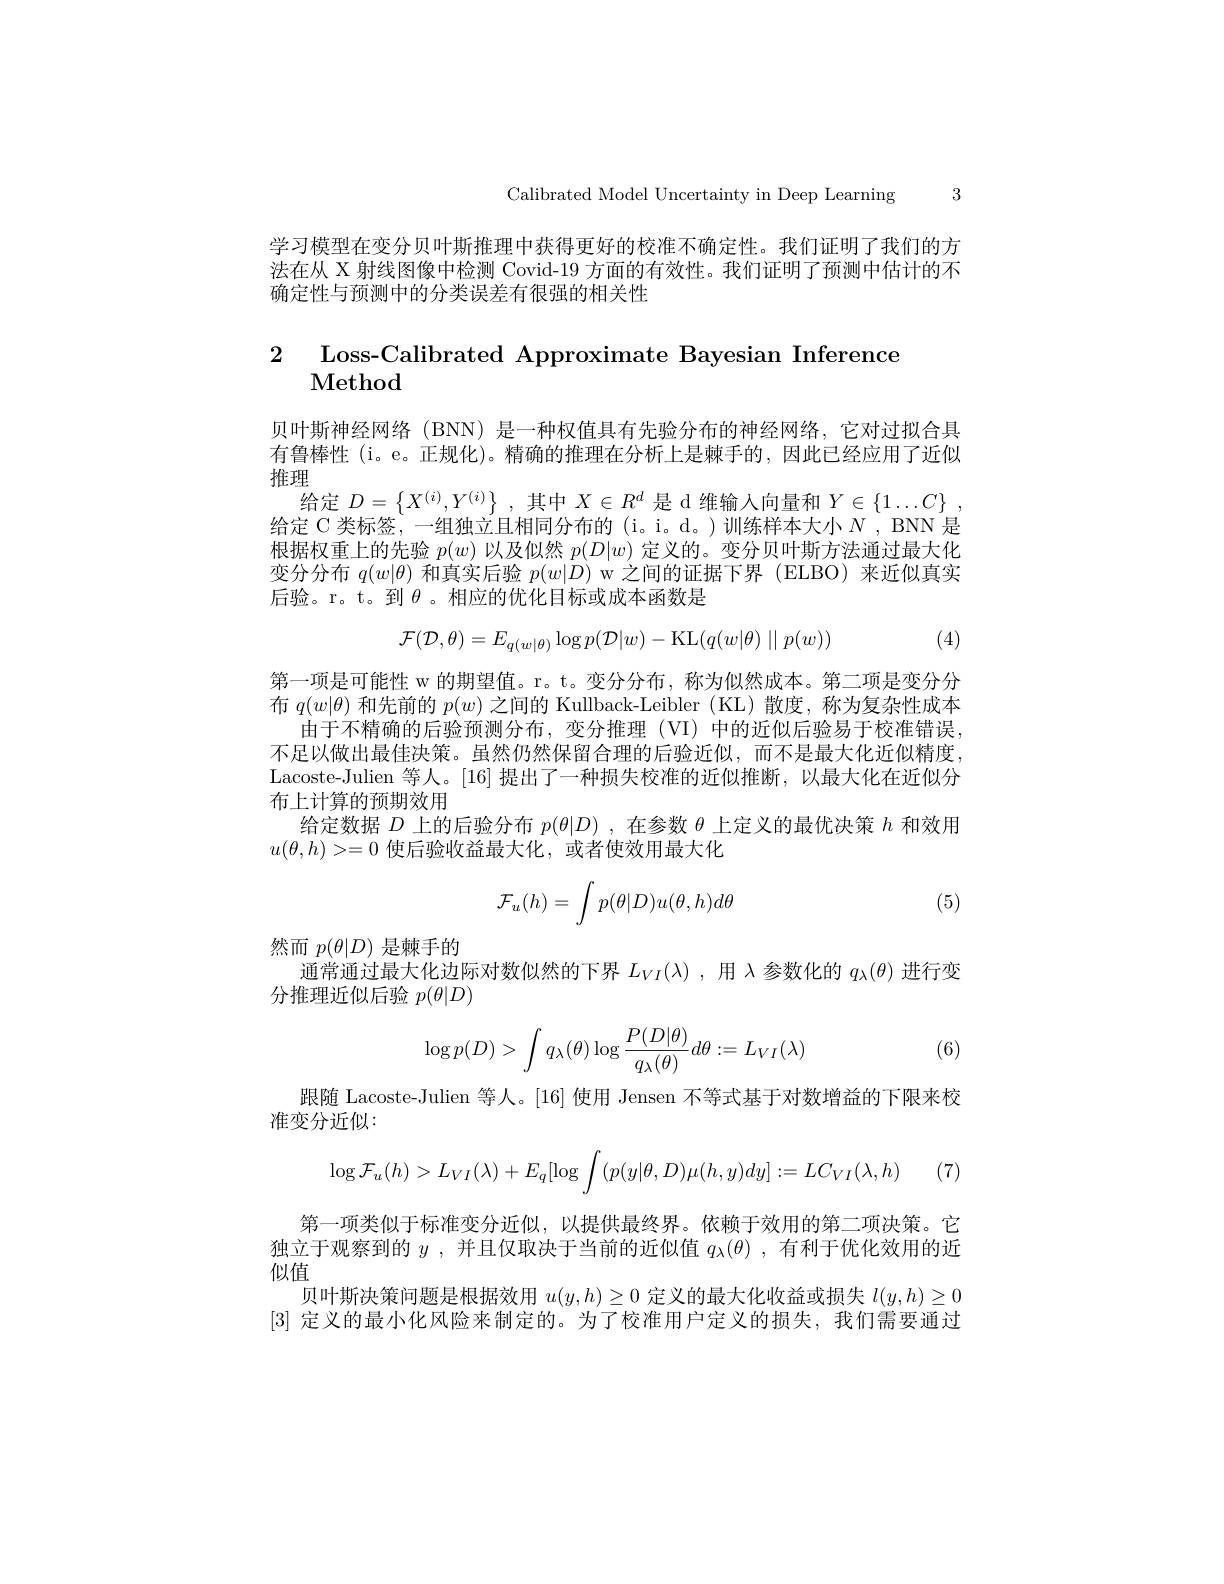
Calibrated Model Uncertainty in Deep Learning 3

学习模型在变分贝叶斯推理中获得更好的校准不确定性。我们证明了我们的方法在从 X 射线图像中检测 Covid-19 方面的有效性。我们证明了预测中估计的不确定性与预测中的分类误差有很强的相关性
$$2\quad\text{Loss-Calibrated Approximate Bayesian Inference}$$
贝叶斯神经网络 (BNN) 是一种权值具有先验分布的神经网络，它对过拟合具有鲁棒性 (i。e。正规化)。精确的推理在分析上是棘手的，因此已经应用了近似推理
$\overline{\text{给定 }D=\left\{X^{(i)},Y^{(i)}\right\},\text{其中 }X\in R^{d}\text{ 是 d 维输入向量和 }Y\in\{1\ldots C\}\:,}$ 给定 C 类标签，一组独立且相同分布的 (i。i。d。)训练样本大小$N$ , BNN 是根据权重上的先验$p(w)$以及似然$p(D|w)$定义的。变分贝叶斯方法通过最大化变分分布$q(w|\theta)$和真实后验$p(w|D)$ w 之间的证据下界 (ELBO) 来近似真实后验。r。t。到$\theta$。相应的优化目标或成本函数是

(4)
$$\mathcal{F}(\mathcal{D},\theta)=E_{q(w|\theta)}\log p(\mathcal{D}|w)-\mathrm{KL}(q(w|\theta)\mid\mid p(w))$$
第一项是可能性 w 的期望值。r。t。变分分布，称为似然成本。第二项是变分分布$q(w|\theta)$和先前的$p(w)$之间的 Kullback-Leibler (KL)散度，称为复杂性成本
由于不精确的后验预测分布，变分推理(VI)中的近似后验易于校准错误不足以做出最佳决策。虽然仍然保留合理的后验近似，而不是最大化近似精度Lacoste-Julien 等人。[16]提出了一种损失校准的近似推断，以最大化在近似分布上计算的预期效用
给定数据$D$上的后验分布$p(\theta|D)$ ,在参数$\theta$上定义的最优决策$h$和效用
$u(\theta,h)>=0$使后验收益最大化，或者使效用最大化
$$\mathcal{F}_u(h)=\int p(\theta|D)u(\theta,h)d\theta $$
(5)

然而$p(\theta|D)$是棘手的
通常通过最大化边际对数似然的下界$L_{VI}(\lambda)$ ,用$\lambda$参数化的$q_\mathrm{\lambda}(\theta)$进行变
分推理近似后验$p(\theta|D)$
$$\begin{aligned}\log p(D)>\int q_\lambda(\theta)\log\frac{P(D|\theta)}{q_\lambda(\theta)}d\theta:=L_{VI}(\lambda)\end{aligned}$$
(6)

跟随 Lacoste-Julien 等人。[16] 使用 Jensen 不等式基于对数增益的下限来校
准变分近似：
$$\log\mathcal{F}_u(h)>L_{VI}(\lambda)+E_q[\log\int(p(y|\theta,D)\mu(h,y)dy]:=LC_{VI}(\lambda,h)$$
第一项类似于标准变分近似，以提供最终界。依赖于效用的第二项决策。它独立于观察到的$y$ ,并且仅取决于当前的近似值$q_\lambda(\theta)$ ,有利于优化效用的近似值
贝叶斯决策问题是根据效用$u(y,h)\geq0$定义的最大化收益或损失$l(y,h)\geq0$ [3]定义的最小化风险来制定的。为了校准用户定义的损失，我们需要通过